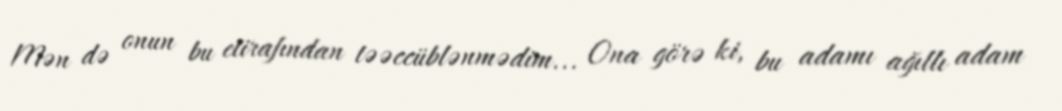
Mən də onun bu etirafından təəccüblənmədim... Ona görə ki, bu adamı ağıllı adam